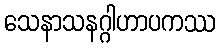
သေနာသနဂ္ဂါဟာပကဿ